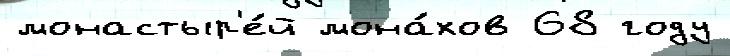
монастыр'е́й мона́хов 68 году